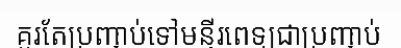
គួរតែប្រញាប់ទៅមន្ទីរពេទ្យជាប្រញាប់